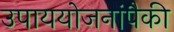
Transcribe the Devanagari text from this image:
उपाययोजनांपैकी